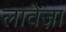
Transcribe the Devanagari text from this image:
लावेंज़ा